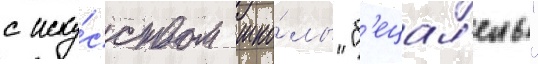
с иску́сством шко́лы "б'ецал'ель"